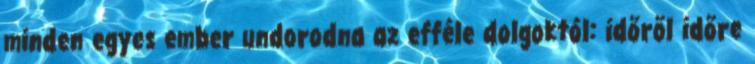
minden egyes ember undorodna az efféle dolgoktól: időről időre